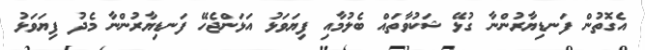
އެގޮތުން ފަނޑިޔާރުންނާ ގުޅޭ ޝަކުވާތައް ބެލުމާއި ފިޔަވަޅު އަޅަންޖެހޭ ފަނޑިޔާރުންނާ މެދު ފިޔަވަޅު